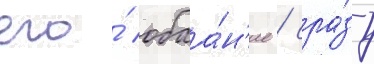
его́ обаа́н'ие / сра́зу